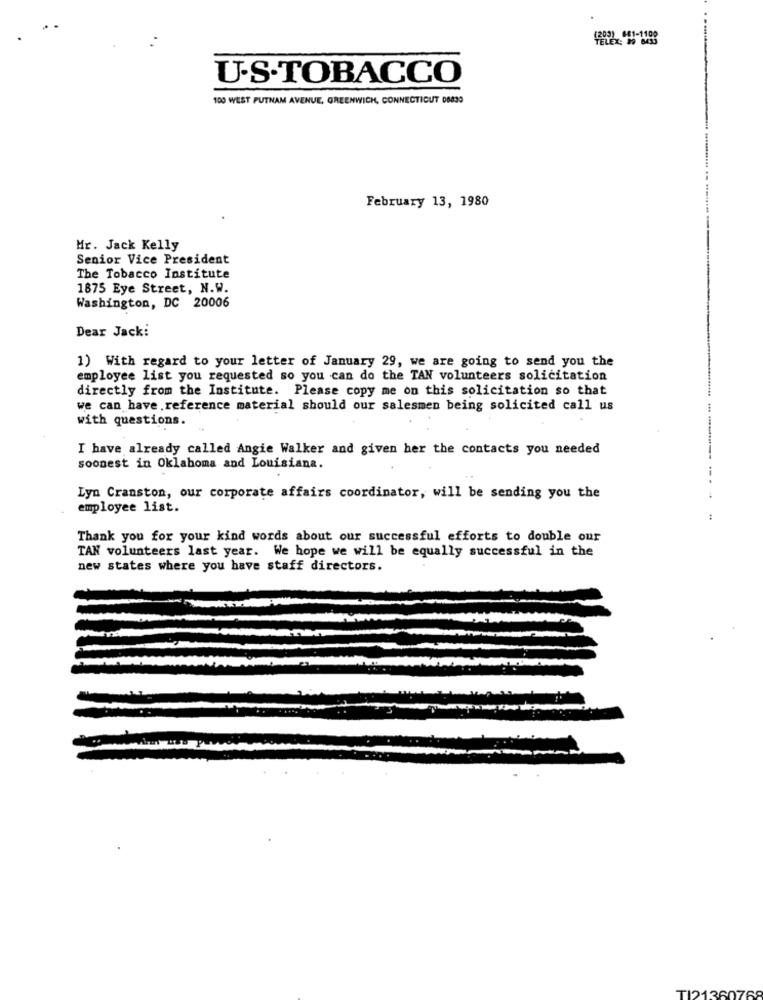
TELEX: IN BOS
U.S.TOBACCO
100 WEST PUTNAM AVENUE, GREENWICH, CONNECTICUT D883O
February 13, 1980
Mr. Jack Kelly
Senior Vice President
The Tobacco Institute
1875 Eye Street, N.W.
Washington, DC 20006
Dear Jack:
1) With regard to your letter of January 29, we are going to send you the
employee list you requested so you can do the TAN volunteers solicitation
directly from the Institute. Please copy me on this solicitation so that
we can have , reference material should our salesmen being solicited call us
with questions.
I have already called Angie Walker and given her the contacts you needed
soonest in Oklahoma and Louisiana.
Lyn Cranston, our corporate affairs coordinator, will be sending you the
employee list.
Thank you for your kind words about our successful efforts to double our
TAN volunteers last year. We hope we will be equally successful in the
new states where you have staff directors.
TI21360768